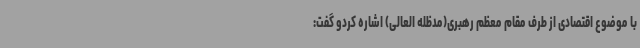
با موضوع اقتصادی از طرف مقام معظم رهبری(مدظله العالی) اشاره کردو گفت: